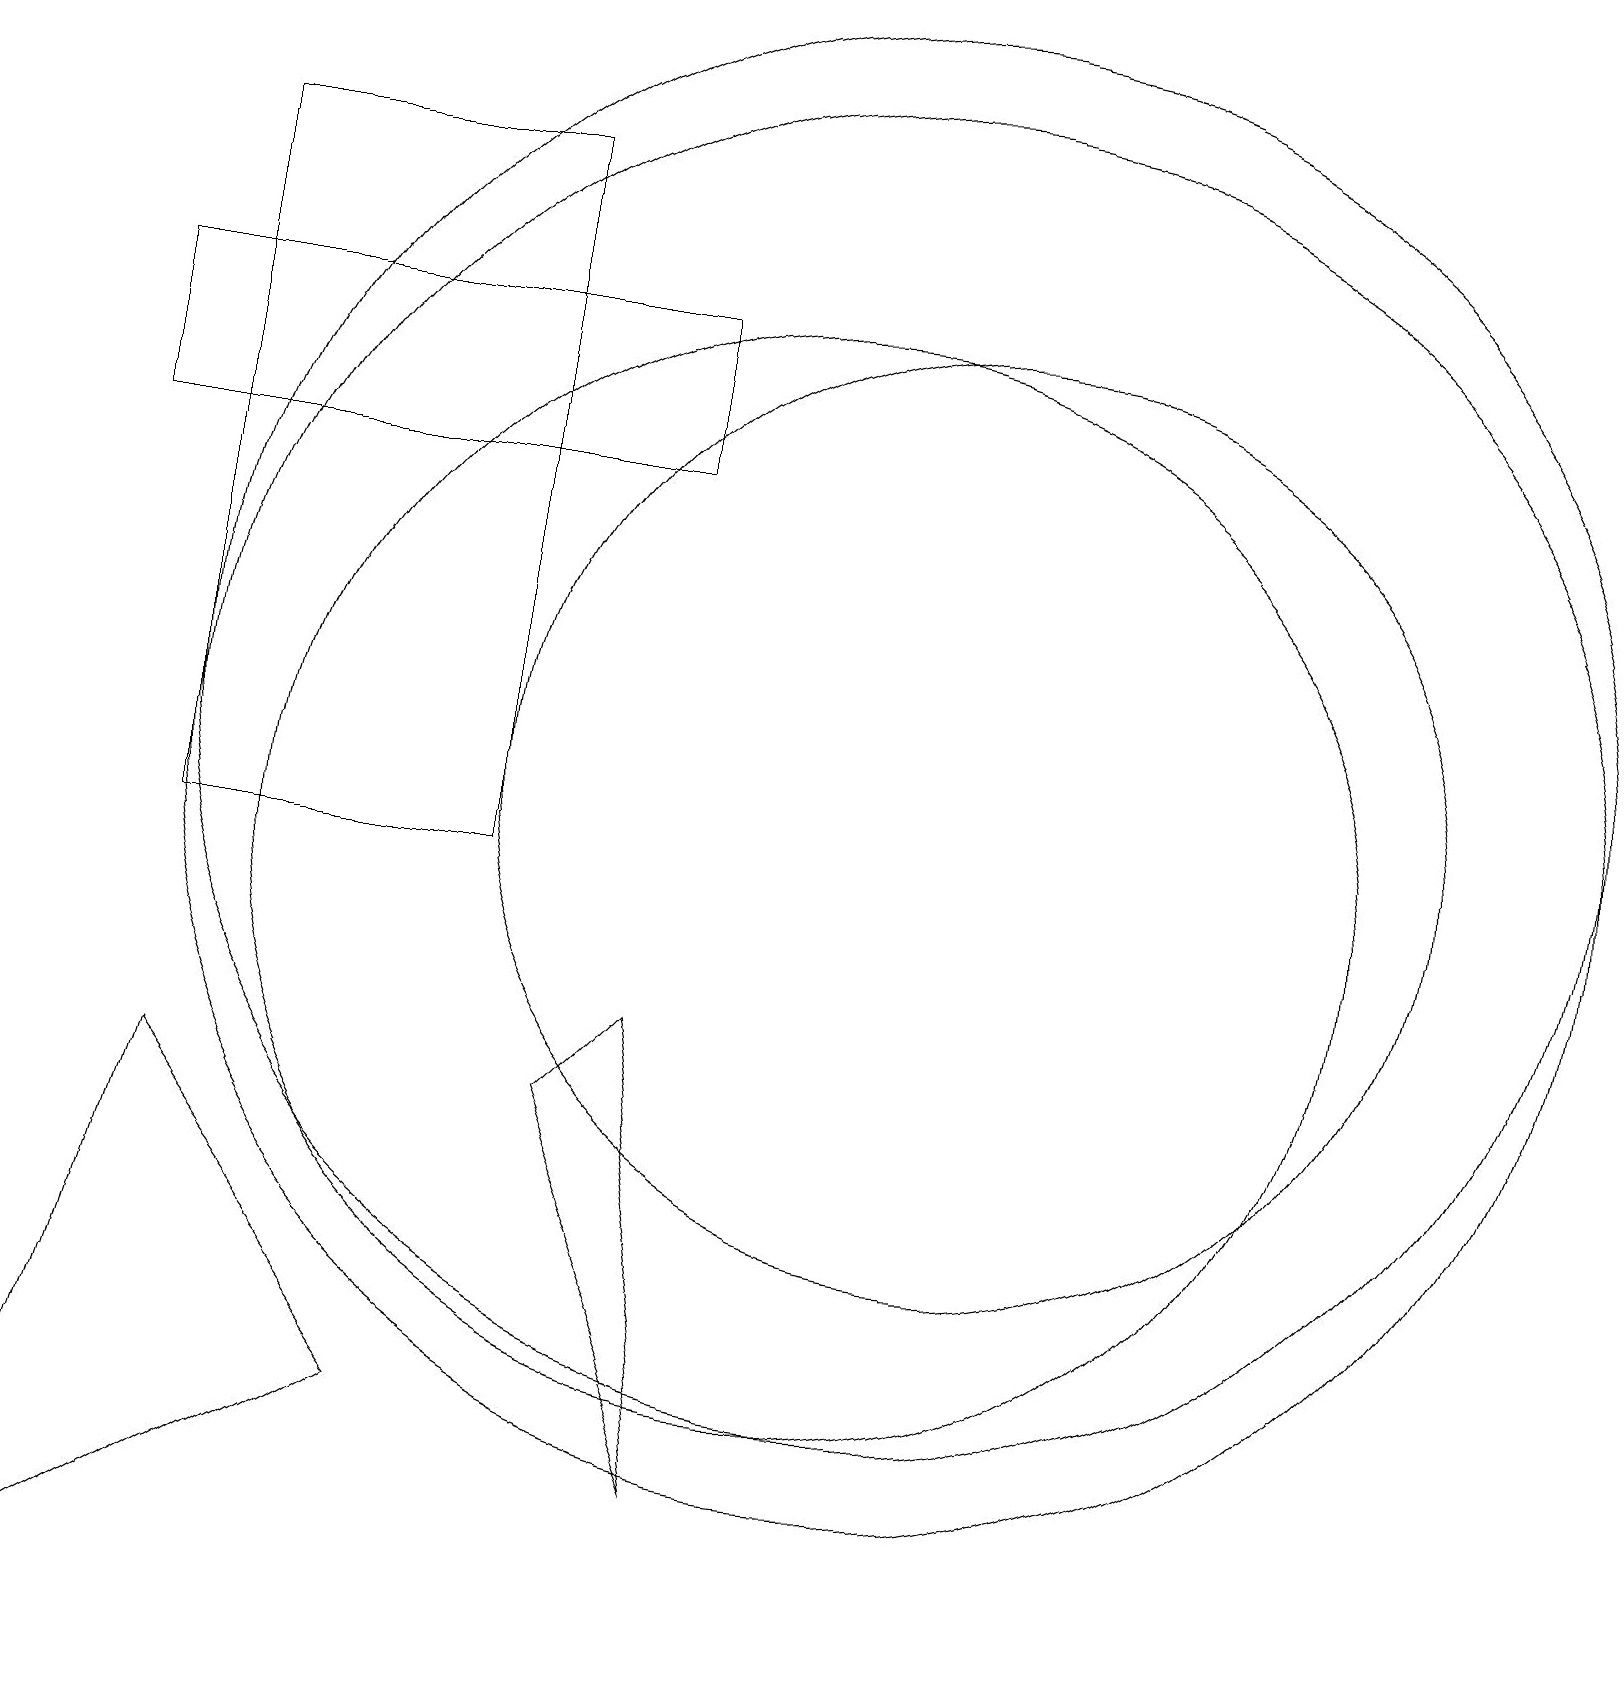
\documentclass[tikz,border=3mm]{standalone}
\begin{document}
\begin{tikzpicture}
\draw (8,8) -- (9,2) -- (7,7) -- cycle;
\draw (12,11) circle (6);
\draw (6,10) rectangle (2,19);
\draw (11,12) circle (9);
\draw (11,11) circle (9);
\draw (10,10) circle (7);
\draw (8,15) rectangle (1,17);
\draw (2,7) -- (5,3) -- (0,0) -- cycle;
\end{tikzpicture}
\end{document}